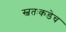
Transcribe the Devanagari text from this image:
स्वतःकडेच